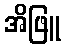
အိဖြူ